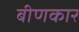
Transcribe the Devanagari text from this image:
बीणकार